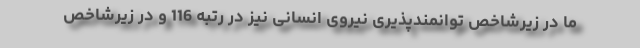
ما در زیرشاخص توانمندپذیری نیروی انسانی نیز در رتبه 116 و در زیرشاخص